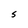
Character: S